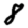
Digit: 8